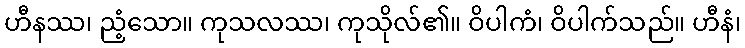
ဟီနဿ၊ ညံ့သော။ ကုသလဿ၊ ကုသိုလ်၏။ ဝိပါကံ၊ ဝိပါက်သည်။ ဟီနံ၊